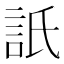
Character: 𧦄